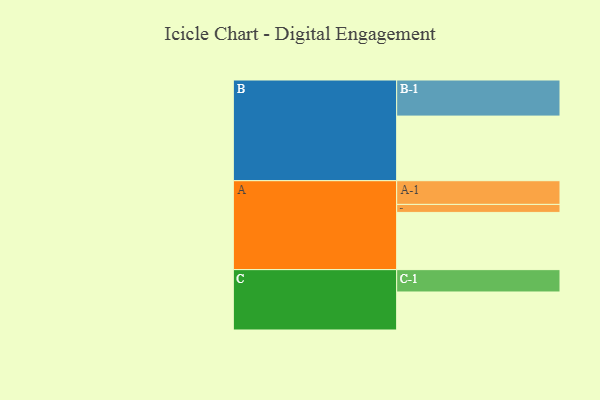
{"axis": {"x": "Segment", "y": "Value"}, "legend": ["", "A", "B", "C"], "data": [{"x": "A", "y": 471, "type": ""}, {"x": "B", "y": 532, "type": ""}, {"x": "C", "y": 313, "type": ""}, {"x": "A-1", "y": 195, "type": "A"}, {"x": "A-2", "y": 66, "type": "A"}, {"x": "B-1", "y": 297, "type": "B"}, {"x": "C-1", "y": 184, "type": "C"}]}